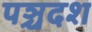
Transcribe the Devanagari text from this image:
पञ्चदश